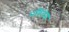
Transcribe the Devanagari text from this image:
पलिलेस